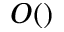
O ( )